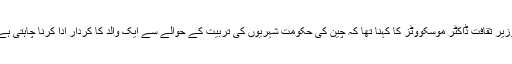
وزیر ثقافت ڈاکٹر موسکووٹز کا کہنا تھا کہ چین کی حکومت شہریوں کی تربیت کے حوالے سے ایک والد کا کردار ادا کرنا چاہتی ہے۔